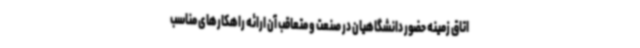
اتاق زمینه حضور دانشگاهیان در صنعت و متعاقب آن ارائه راهکارهای مناسب